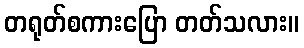
တရုတ်စကားပြော တတ်သလား။